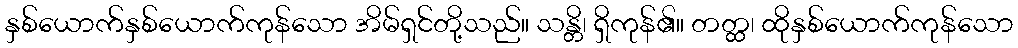
နှစ်ယောက်နှစ်ယောက်ကုန်သော အိမ်ရှင်တို့သည်။ သန္တိ၊ ရှိကုန်၏။ တတ္ထ၊ ထိုနှစ်ယောက်ကုန်သော